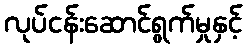
လုပ်ငန်းဆောင်ရွက်မှုနှင့်